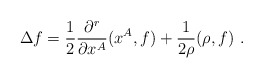
\begin{align*}\Delta f=\frac{1}{2} \frac{\partial^r}{\partial x^A}(x^A,f) + \frac{1}{2\rho}(\rho,f) ~. \end{align*}